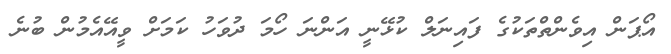
އޯޕަން އިވެންތްތަކުގެ ފައިނަލް ކުޅޭނީ އަންނަ ހޯމަ ދުވަހު ކަމަށް ވީއޭއެމުން ބުނެ